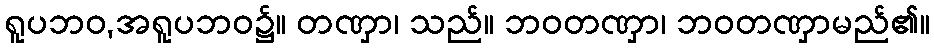
ရူပဘဝ,အရူပဘဝ၌။ တဏှာ၊ သည်။ ဘဝတဏှာ၊ ဘဝတဏှာမည်၏။